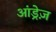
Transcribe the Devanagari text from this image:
आंड्रेज़